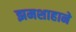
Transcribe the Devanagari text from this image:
झमशाहाने